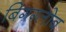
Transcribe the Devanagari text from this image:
बिगग्लोब